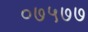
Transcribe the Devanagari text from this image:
०७५७७